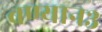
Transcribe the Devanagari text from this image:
बण्यान३